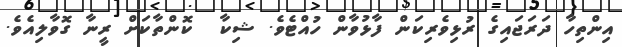
އިންތިހާ ދަރަޖައިގެ ރުޅިވެރިކަން ފާޅުވާން ހުއްޓެވެ. ޝިކާ  ކޮންތާކަށް ރީނާ ގޮވާލިއެވެ.